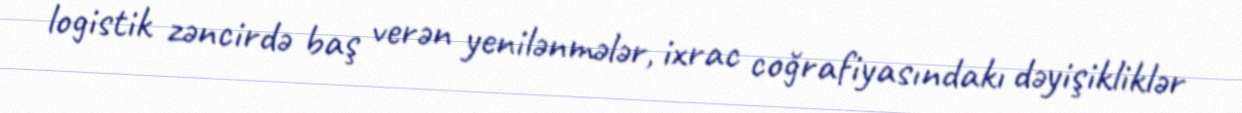
logistik zəncirdə baş verən yenilənmələr, ixrac coğrafiyasındakı dəyişikliklər